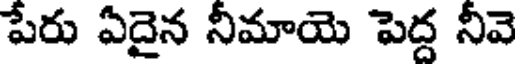
పేరు ఏదైన నీమాయె పెద్ద నీవె